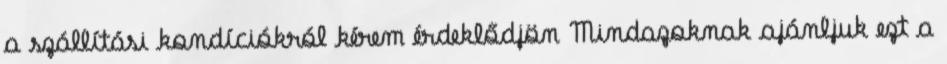
a szállítási kondíciókról kérem érdeklődjön Mindazoknak ajánljuk ezt a